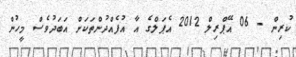
ކުރިން - 06 އޭޕްރިލް 2012 އެޕަލްގެ އާ އުފެއްދުންތަކަށް އަބަދުވެސް މީހުން